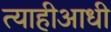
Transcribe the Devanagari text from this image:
त्याहीआधी